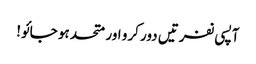
آپسی نفرتیں دور کرو اور متحد ہو جائو!